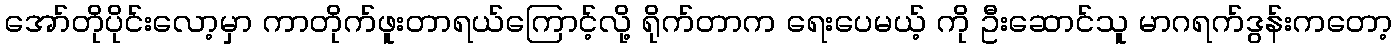
အော်တိုပိုင်းလော့မှာ ကာတိုက်ဖူးတာရယ်ကြောင့်လို့ ရိုက်တာက ရေးပေမယ့် ကို ဦးဆောင်သူ မာဂရက်ဒွန်းကတော့